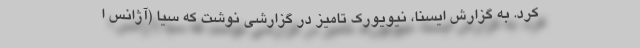
کرد. به گزارش ایسنا، نیویورک تامیز در گزارشی نوشت که سیا (آژانس ا